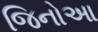
જિનોઆ